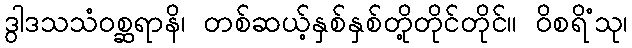
ဒွါဒသသံဝစ္ဆရာနိ၊ တစ်ဆယ့်နှစ်နှစ်တို့တိုင်တိုင်။ ဝိစရိံသု၊